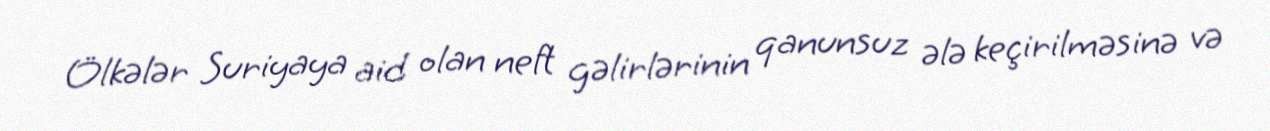
Ölkələr Suriyaya aid olan neft gəlirlərinin qanunsuz ələ keçirilməsinə və